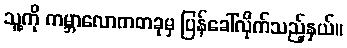
သူ့ကို ကမ္ဘာလောကတခုမှ ပြန်ခေါ်လိုက်သည့်နှယ်။